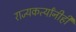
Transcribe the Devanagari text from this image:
राज्यकर्त्यांनीही